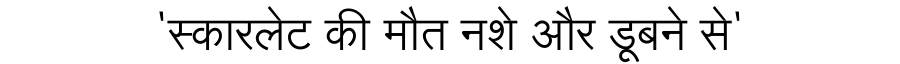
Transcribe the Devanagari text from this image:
'स्कारलेट की मौत नशे और डूबने से'